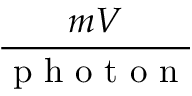
\frac { m V } { \mathrm { ~ p ~ h ~ o ~ t ~ o ~ n ~ } }